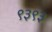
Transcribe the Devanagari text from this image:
९३९३